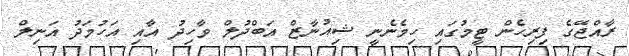
ރާއްޖޭގެ ފިރިހެން ޓީމުގައި ހިމެނެނީ ޝިއުނާޒް އަބްދުލް ވާހިދު އާއި އަހުމަދު އަނިލް